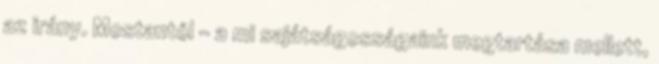
az irány. Mostantól - a mi sajátságosságaink megtartása mellett,